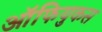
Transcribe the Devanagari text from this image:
ऑफियुकस